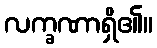
လက္ခဏာရှိ၏။